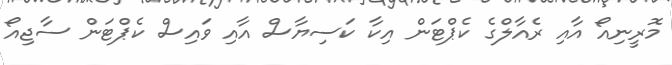
މޮރީނިއޯ އާއި ރެއާލްގެ ކެޕްޓަން އިކާ ކަސިޔާސް އާއި ވައިސް ކެޕްޓަން ސާޖިއޯ